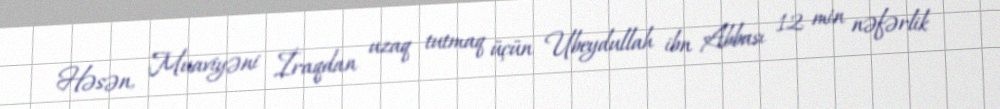
Həsən, Muaviyəni İraqdan uzaq tutmaq üçün Ubeydullah ibn Abbası 12 min nəfərlik